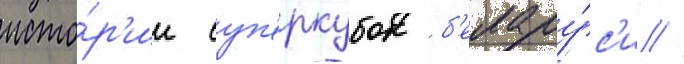
исто́р'ии суп'еркубок б'елару́с'и //